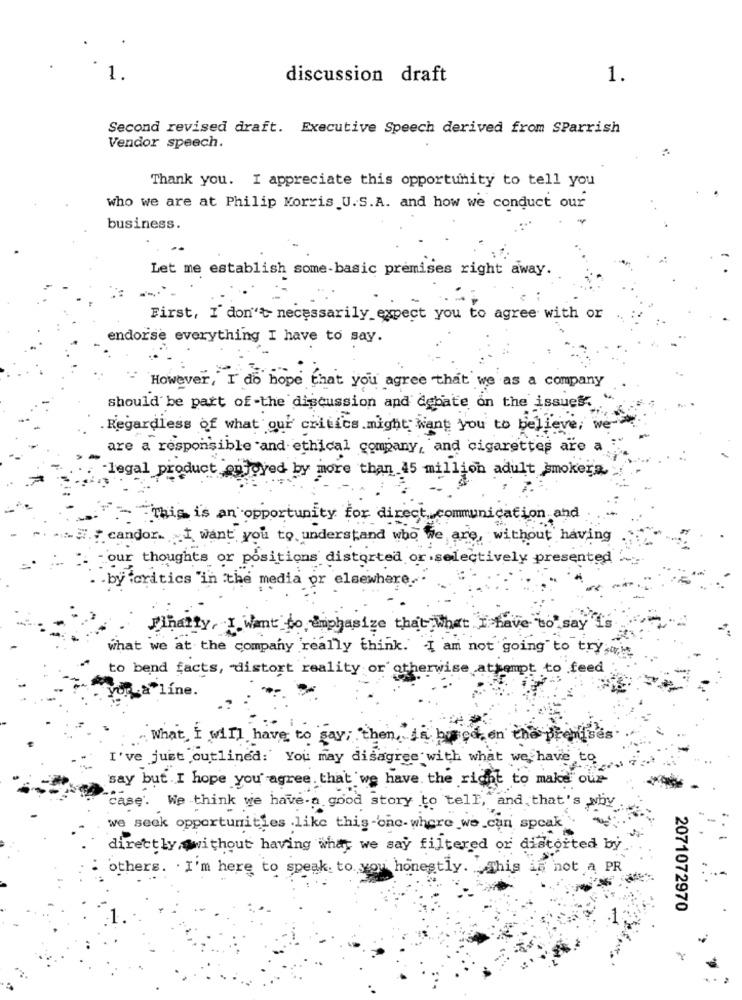
1.
discussion draft
1.
Second revised draft. Executive Speech derived from SParrish
Vendor speech.
Thank you. I appreciate this opportunity to tell you
who we are at Philip Morris U.S.A. and how we conduct our
business.
Let me establish some-basic premises right away.
First, I don't necessarily expect you to agree with or
endorse everything I have to say.
However , I do hope that you agree that we as a company
should be part of-the discussion and debate on the issues.
Regardless of what our critics might want you to believe, we-
are a responsible and ethical company, and cigarettes are a
"legal product enjoyed by more than 45 million adult smokers
- This is an opportunity for direct communication and
candor. I want you to understand who we are, without having
our thoughts or positions distorted or selectively presented
.bytcritics "in the media or elsewhere.
Thatty, I Want to Emphasize that what I have "to say
what we at the company really think. I am not going to try,w
to bend facts, distort reality or otherwise attempt to feed
porLa"líne.
What I will have to say; then, is buried on the premises
I've just outlined: You may disagree with what we have to
say but I hope you agree. that we have the right to make our
case. We think we have a good story to tell, and that's why.
we seek opportunities .like thig-one- where we can speak
directly without having what we say filtered or distorted by
others. . I'm here to speak to you honestly. .. This is not a PR
2071072970